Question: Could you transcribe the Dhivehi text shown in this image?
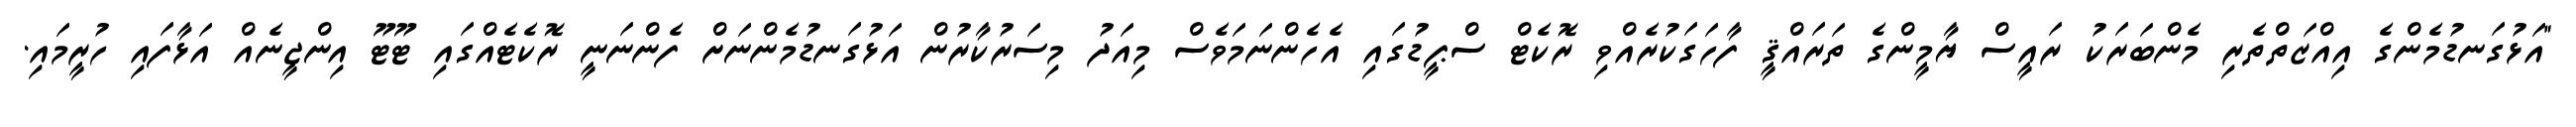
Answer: "އަޅުގަނޑުމެންގެ އިއްޒަތްތެރި މެންބަރަކު ރައީސް ޔާމީންގެ ތަރައްޤީ ފާހަގަކުރެއްވި ރޮކެޓް ސްޕީޑުގައި އެހެންނަމަވެސް މިއަދު މިސަރުކާރުން އަޅުގަނޑުމެންނަށް ފެންނަނީ ރޮކެޓެއްގައި ޓޫޓޫ އިންޖީނެއް އަޅާފައި ހުރީމައި.